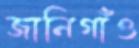
জানিগাঁও